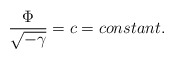
\begin{align*}\frac {\Phi}{\sqrt{-\gamma}} = c = constant.\end{align*}